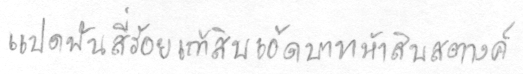
แปดพันสี่ร้อยเก้าสิบเอ็ดบาทห้าสิบสตางค์